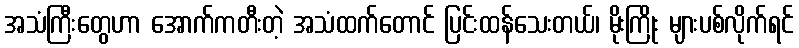
အသံကြီးတွေဟာ အောက်ကတီးတဲ့ အသံထက်တောင် ပြင်းထန်သေးတယ်၊ မိုးကြိုး များပစ်လိုက်ရင်